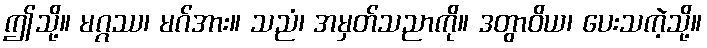
ဤသို့။ မဂ္ဂဿ၊ မဂ်အား။ သညံ၊ အမှတ်သညာကို။ ဒတွာဝိယ၊ ပေးသကဲ့သို့။